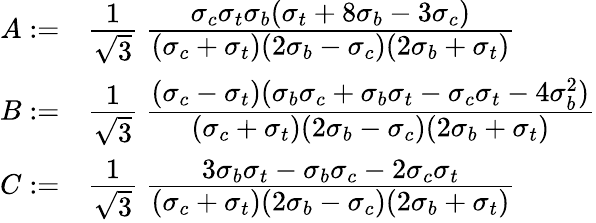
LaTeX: {\begin{array}{rl}{A:=}&{{\cfrac{1}{\sqrt{3}}}~{\cfrac{\sigma_{c}\sigma_{t}\sigma_{b}(\sigma_{t}+8\sigma_{b}-3\sigma_{c})}{(\sigma_{c}+\sigma_{t})(2\sigma_{b}-\sigma_{c})(2\sigma_{b}+\sigma_{t})}}}\\ {B:=}&{{\cfrac{1}{\sqrt{3}}}~{\cfrac{(\sigma_{c}-\sigma_{t})(\sigma_{b}\sigma_{c}+\sigma_{b}\sigma_{t}-\sigma_{c}\sigma_{t}-4\sigma_{b}^{2})}{(\sigma_{c}+\sigma_{t})(2\sigma_{b}-\sigma_{c})(2\sigma_{b}+\sigma_{t})}}}\\ {C:=}&{{\cfrac{1}{\sqrt{3}}}~{\cfrac{3\sigma_{b}\sigma_{t}-\sigma_{b}\sigma_{c}-2\sigma_{c}\sigma_{t}}{(\sigma_{c}+\sigma_{t})(2\sigma_{b}-\sigma_{c})(2\sigma_{b}+\sigma_{t})}}}\end{array}}